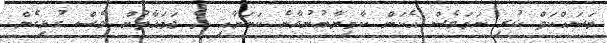
މަސައްކަތް ކުރި ނަމަވެސް އެކަން ކާމިޔާބުނުވާނެ ކަމަށާއި ދެ ޖަމައާތުން ވެސް ގުޅިގެން